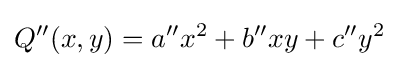
Q^{\prime \prime }(x,y)=a^{\prime \prime }x^{2}+b^{\prime \prime }xy+c^{\prime \prime }y^{2}